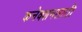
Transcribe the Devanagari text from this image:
कनेक्शनसाठी